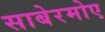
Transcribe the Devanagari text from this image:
साबेरमोए